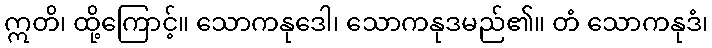
ဣတိ၊ ထို့ကြောင့်။ သောကနုဒေါ၊ သောကနုဒမည်၏။ တံ သောကနုဒံ၊